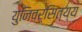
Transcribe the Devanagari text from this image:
युनिवर्सित्य्य